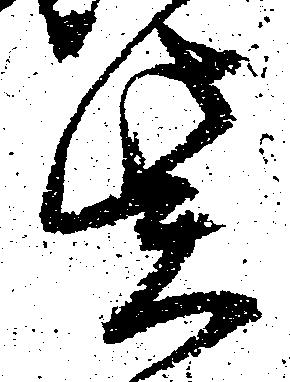
紫